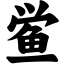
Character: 鲎